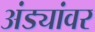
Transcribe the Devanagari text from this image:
अंड्यांवर